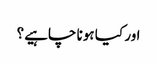
اور کیا ہونا چاہیے؟